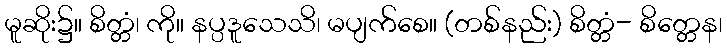
မူဆိုး၌။ စိတ္တံ၊ ကို။ နပ္ပဒူသေသိ၊ မပျက်စေ။ (တစ်နည်း) စိတ္တံ- စိတ္တေန၊